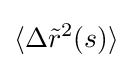
\langle \Delta {\tilde {r}}^{2}(s)\rangle